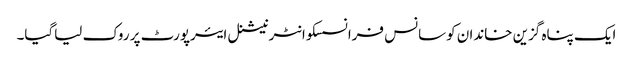
ایک پناہ گزین خاندان کوسانس فرانسسکوانٹرنیشنل ایئرپورٹ پر روک لیاگیا۔